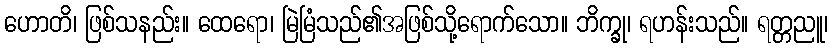
ဟောတိ၊ ဖြစ်သနည်း။ ထေရော၊ မြဲမြံသည်၏အဖြစ်သို့ရောက်သော။ ဘိက္ခု၊ ရဟန်းသည်။ ရတ္တညူ၊